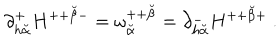
LaTeX: \partial _ { h { \breve { \alpha } } } ^ { + } H ^ { + + { \breve { \beta } } - } = \omega _ { \breve { \alpha } } ^ { + + { \breve { \beta } } } = \partial _ { h { \breve { \alpha } } } ^ { - } H ^ { + + { \breve { \beta } } + } \ .